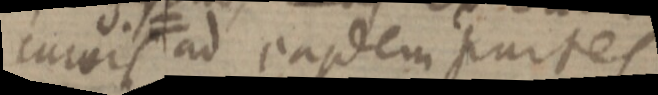
curvis ≠ ad easdem partes